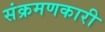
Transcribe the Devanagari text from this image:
संक्रमणकारी